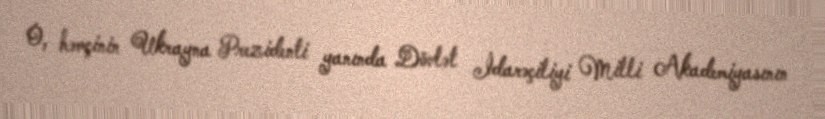
O, həmçinin Ukrayna Prezidenti yanında Dövlət İdarəçiliyi Milli Akademiyasının